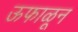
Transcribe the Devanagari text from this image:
ऊफाळून